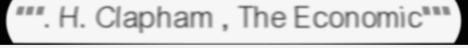
""". H. Clapham , The Economic"""